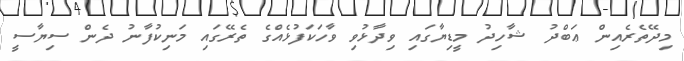
މިދޭތެރެއިން ޢަބްދު ޝާހިދު މީޑިޔާގައި ވިދާޅުވި ވާހަކަފުޅެއްގެ ތެރޭގައި މަނިކުފާނު ދެން ސިޔާސީ